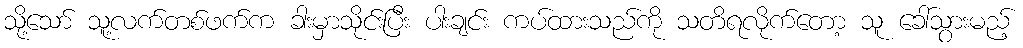
သို့သော် သူ့လက်တစ်ဖက်က ခါးမှာသိုင်းပြီး ပါးချင်း ကပ်ထားသည်ကို သတိရလိုက်တော့ သူ ခေါ်သွားမည့်